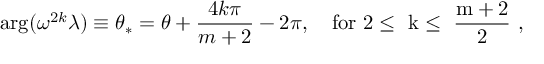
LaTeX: \arg ( \omega ^ { 2 k } \lambda ) \equiv \theta _ { * } = \theta + \frac { 4 k \pi } { m + 2 } - 2 \pi , \quad \mathrm { f o r ~ 2 \leq ~ k \leq ~ \frac { m + 2 } { 2 } ~ } ,